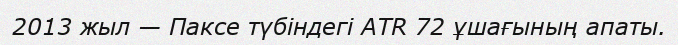
2013 жыл — Паксе түбіндегі ATR 72 ұшағының апаты.